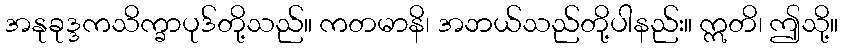
အနုခုဒ္ဒကသိက္ခာပုဒ်တို့သည်။ ကတမာနိ၊ အဘယ်သည်တို့ပါနည်း။ ဣတိ၊ ဤသို့။